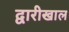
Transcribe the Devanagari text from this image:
द्वारीखाल